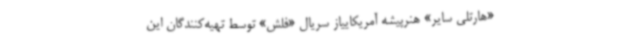
«هارتلی سایر» هنرپیشه آمریکاییاز سریال «فلش» توسط تهیه‌کنندگان این